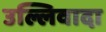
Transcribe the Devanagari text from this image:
उल्लिवादा